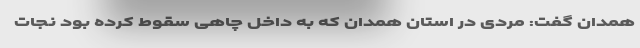
همدان گفت: مردی در استان همدان که به داخل چاهی سقوط کرده بود نجات